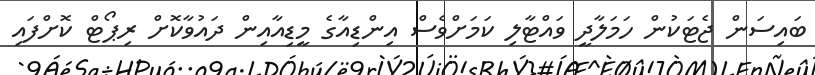
ބައިސަން ޖެޓަކުން ހަމަލާދީ ވައްޓާލި ކަމަށްވެސް އިންޑިއާގެ މީޑިއާއިން ދައުވާކޮށް ރިޕޯޓް ކޮށްފައި